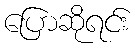
ပြောဆိုရင်း